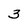
Character: 3